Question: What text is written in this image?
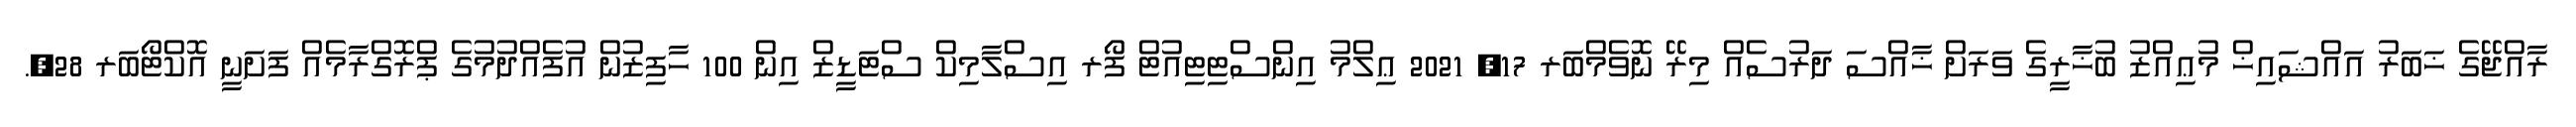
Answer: ރާއްޖޭގެ ޚަބަރު އައްޝައިޚް މުޢިއްޒު ބުޚާރީގެ ވަރަށް ޚާއްސަ ދަރުސެއް މިރޭ ނޮވެމްބަރ 17, 2021 ޢިލްމު އިންސްޓިޓިއުޓް ފޯރ އިސްލާމިކް ސްޓަޑީޒް އިން 100 ހާފިޒުން އުފެއްދުމުގެ ޕްރޮގްރާމެއް ފަށަނީ އޮކްޓޯބަރ 28,.